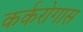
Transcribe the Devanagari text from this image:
कर्करोगास